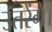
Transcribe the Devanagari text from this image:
उतरेंगे।